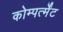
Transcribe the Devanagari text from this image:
कोम्पर्त्मेंट